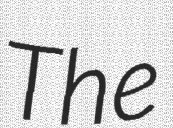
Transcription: The